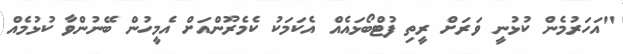
"އަހަރުމެން ކުޅުނީ ވަރަށް ރީތި ފުޓްބޯޅައެއް އެކަމަކު ކެމެރޫންއަށް އެމީހުން ބޭނުންވާ ކުޅުމެއް